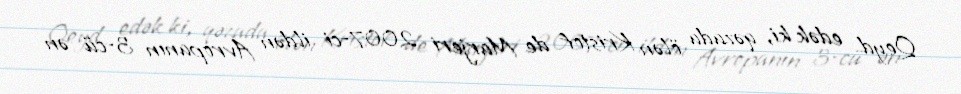
Qeyd edək ki, qəzada ölən Kristof de Marjeri 2007-ci ildən Avropanın 3-cü ən